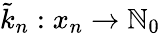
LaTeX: \tilde{k}_{n}:x_{n}\to\mathbb N_{0}